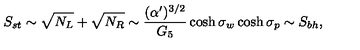
S _ { s t } \sim \sqrt { N _ { L } } + \sqrt { N _ { R } } \sim { \frac { ( \alpha ^ { \prime } ) ^ { 3 / 2 } } { G _ { 5 } } } \cosh \sigma _ { w } \cosh \sigma _ { p } \sim S _ { b h } ,